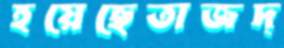
হয়েছেতাজদ্